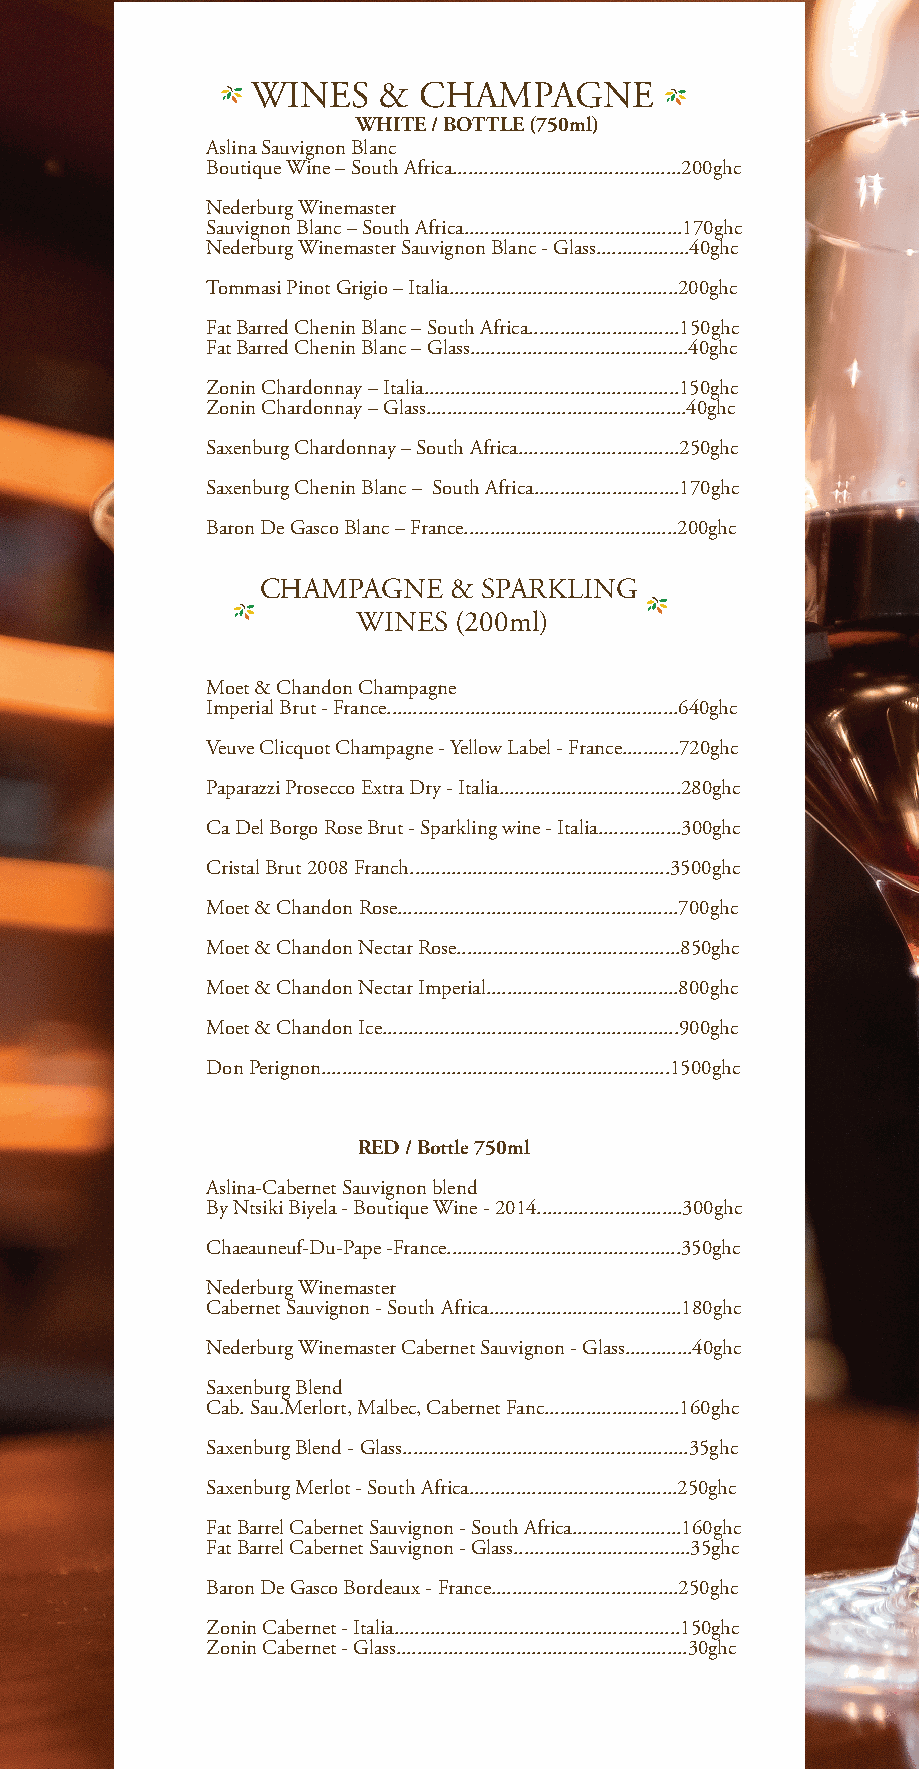
WINES   &  CHAMPAGNE
 WHITE / BOTTLE (750ml)
 Aslina Sauvignon Blanc
 Boutique Wine – South Africa............................................200ghc
 Nederburg Winemaster
 Sauvignon Blanc – South Africa..........................................170ghc
 Nederburg Winemaster Sauvignon Blanc - Glass..................40ghc
 Tommasi Pinot Grigio – Italia............................................200ghc
 Fat Barred Chenin Blanc – South Africa.............................150ghc
 Fat Barred Chenin Blanc – Glass..........................................40ghc
 Zonin Chardonnay – Italia.................................................150ghc
 Zonin Chardonnay – Glass..................................................40ghc
 Saxenburg Chardonnay – South Africa...............................250ghc
 Saxenburg Chenin Blanc – South Africa............................170ghc
 Baron De Gasco Blanc – France.........................................200ghc
 C HAMPAGNE   & SPARKLING
 WINES (200ml)
 Moet & Chandon Champagne
 Imperial Brut - France........................................................640ghc
 Veuve Clicquot Champagne - Yellow Label - France...........720ghc
 Paparazzi Prosecco Extra Dry - Italia...................................280ghc
 Ca Del Borgo Rose Brut - Sparkling wine - Italia................300ghc
 Cristal Brut 2008 Franch..................................................3500ghc
 Moet & Chandon Rose......................................................700ghc
 Moet & Chandon Nectar Rose...........................................850ghc
 Moet & Chandon Nectar Imperial.....................................800ghc
 Moet & Chandon Ice.........................................................900ghc
 Don Perignon...................................................................1500ghc
 RED / Bottle 750ml
 Aslina-Cabernet Sauvignon blend
 By Ntsiki Biyela - Boutique Wine - 2014............................300ghc
 Chaeauneuf-Du-Pape -France.............................................350ghc
 Nederburg Winemaster
 Cabernet Sauvignon - South Africa.....................................180ghc
 Nederburg Winemaster Cabernet Sauvignon - Glass.............40ghc
 Saxenburg Blend
 Cab. Sau.Merlort, Malbec, Cabernet Fanc..........................160ghc
 Saxenburg Blend - Glass.......................................................35ghc
 Saxenburg Merlot - South Africa........................................250ghc
 Fat Barrel Cabernet Sauvignon - South Africa.....................160ghc
 Fat Barrel Cabernet Sauvignon - Glass..................................35ghc
 Baron De Gasco Bordeaux - France....................................250ghc
 Zonin Cabernet - Italia.......................................................150ghc
 Zonin Cabernet - Glass........................................................30ghc